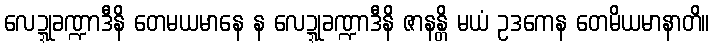
လေဍ္ဍုခဏ္ဍာဒီနိ တေမယမာနေ န လေဍ္ဍုခဏ္ဍာဒီနိ ဇာနန္တိ မယံ ဥဒကေန တေမိယမာနာတိ။